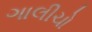
ગાલીચો